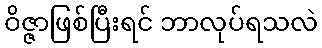
ဝိဇ္ဇာဖြစ်ပြီးရင် ဘာလုပ်ရသလဲ